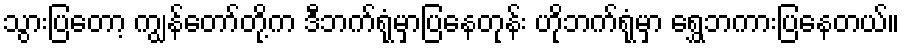
သွားပြတော့ ကျွန်တော်တို့က ဒီဘက်ရုံမှာပြနေတုန်း ဟိုဘက်ရုံမှာ ရွှေဘကားပြနေတယ်။